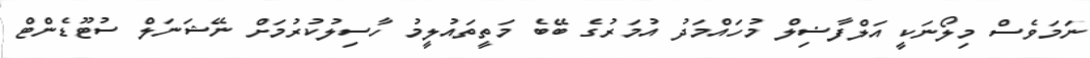
ނަމަވެސް މިލޯނަކީ އަލްފާޟިލް މުހައްމަދު އުމަރުގެ ބޭބެ މަތީތައުލީމު ހާސިލުކުރުމަށް ނޭޝަނަލް ސުޓޫޑެންޓް